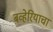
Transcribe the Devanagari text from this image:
बव्हेरियाचा